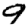
Digit: 9